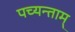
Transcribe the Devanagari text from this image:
पच्यन्ताम्‌